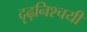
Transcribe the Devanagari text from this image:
दृढ़निश्‍चयी